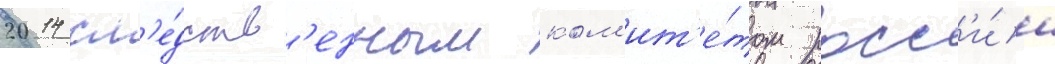
2014 сл'е́дств'енным ком'ит'е́том росс'и́и